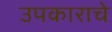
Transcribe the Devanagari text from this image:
उपकाराचे